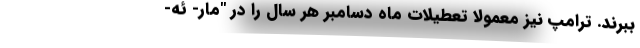
ببرند. ترامپ نیز معمولا تعطیلات ماه دسامبر هر سال را در "مار- ئه-